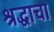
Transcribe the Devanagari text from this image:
श्रद्धाचा